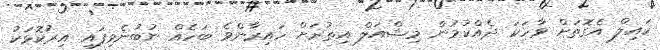
ކައިލް އެގޮތަށް ވާހަކަ ދެއްކުމުން މިޝްއަލް އިތުރަށް ހައިރާންވެ ބަހެއް ނުބުނެވިފައި އިރުކޮޅަކު